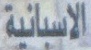
الاسبانیة